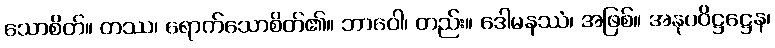
သောစိတ်။ တဿ၊ ရောက်သောစိတ်၏။ ဘာဝေါ၊ တည်း။ ဒေါမနဿံ၊ အဖြစ်။ အနုပဝိဋ္ဌဋ္ဌေန၊